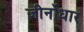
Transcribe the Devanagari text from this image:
जीर्नोधार